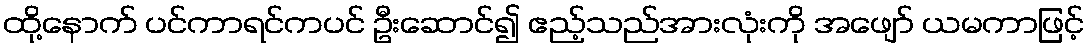
ထို့နောက် ပင်ကာရင်ကပင် ဦးဆောင်၍ ဧည့်သည်အားလုံးကို အဖျော် ယမကာဖြင့်